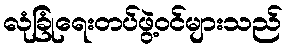
လုံခြုံရေးတပ်ဖွဲ့ဝင်များသည်